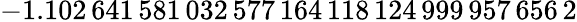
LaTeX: -1.102\, 641\, 581\, 032\, 577\, 164\, 118\, 124\, 999\, 957\, 656\, 2